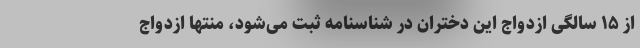
از ۱۵ سالگی ازدواج این دختران در شناسنامه ثبت می‌شود، منتها ازدواج